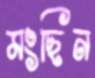
মংছিন